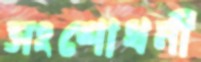
সংশোধনী